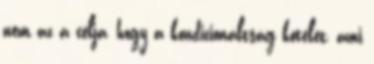
nem az a célja, hogy a kondicionáltság kötelét, ami